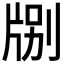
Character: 𪺤